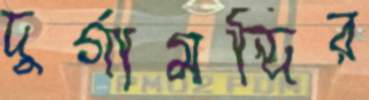
দুর্গামন্দির